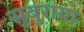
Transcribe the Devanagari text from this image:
सुबुराया